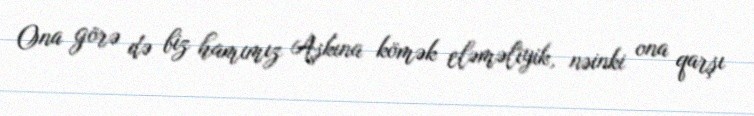
Ona görə də biz hamımız Aşkına kömək eləməliyik, nəinki ona qarşı